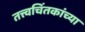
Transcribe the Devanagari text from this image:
तत्त्वचिंतकांच्या